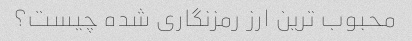
محبوب ترین ارز رمزنگاری شده چیست؟